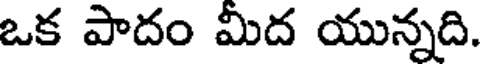
ఒక పాదం మీద యున్నది.